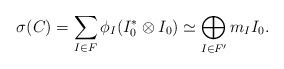
\begin{align*}\sigma(C) = \sum_{I \in F} \phi_I (I_0^* \otimes I_0)\simeq \bigoplus_{I \in F'} m_I I_0.\end{align*}